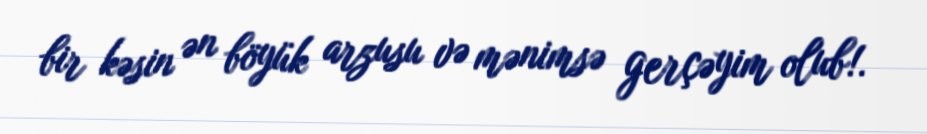
bir kəsin ən böyük arzusu və mənimsə gerçəyim olub!.